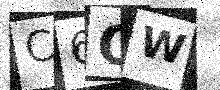
Text: C6QW